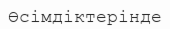
Өсімдіктерінде